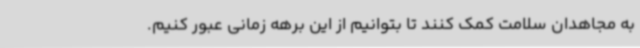
به مجاهدان سلامت کمک کنند تا بتوانیم از این برهه زمانی عبور کنیم.